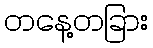
တနေ့တခြား